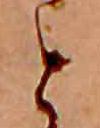
と